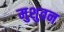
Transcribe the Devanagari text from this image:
मुशुवन